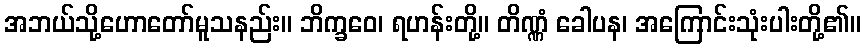
အဘယ်သို့ဟောတော်မူသနည်း။ ဘိက္ခဝေ၊ ရဟန်းတို့။ တိဏ္ဏံ ခေါပန၊ အကြောင်းသုံးပါးတို့၏။